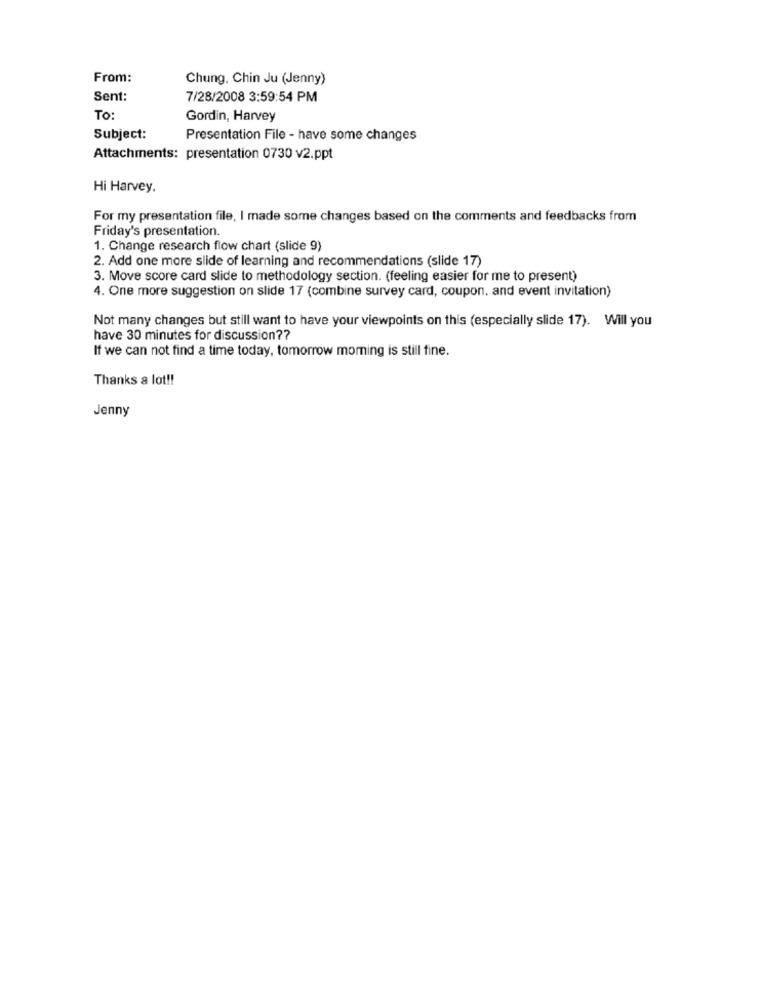
From:
Chung. Chin Ju (Jenny)
Sent:
7/28/2008 3:59:54 PM
To:
Gordin, Harvey
Subject:
Presentation File - have some changes
Attachments: presentation 0730 v2.ppt
Hi Harvey.
For my presentation file, I made some changes based on the comments and feedbacks from
Friday's presentation.
1. Change research flow chart (slide 9)
2. Add one more slide of learning and recommendations (slide 17)
3. Move score card slide to methodology section. (feeling easier for me to present)
4. One more suggestion on slide 17 (combine survey card, coupon, and event invitation)
Not many changes but still want to have your viewpoints on this (especially slide 17). Will you
have 30 minutes for discussion ??
If we can not find a time today, tomorrow morning is still fine.
Thanks a lot !!
Jenny